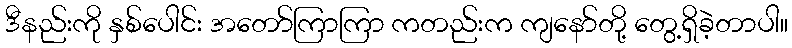
ဒီနည်းကို နှစ်ပေါင်း အတော်ကြာကြာ ကတည်းက ကျနော်တို့ တွေ့ရှိခဲ့တာပါ။